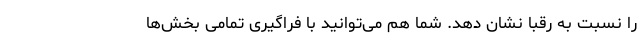
را نسبت به رقبا نشان دهد. شما هم می‌توانید با فراگیری تمامی بخش‌ها